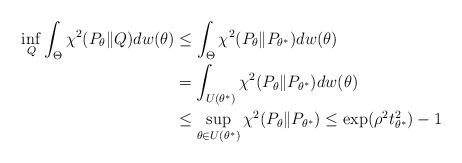
LaTeX: \begin{align*} \inf_{Q} \int_{\Theta} \chi^2(P_{\theta} \| Q) d w(\theta) &\leq \int_{\Theta} \chi^2(P_{\theta} \| P_{\theta^*}) d w(\theta) \\&= \int_{U(\theta^*)} \chi^2(P_{\theta} \| P_{\theta^*}) d w(\theta) \\&\leq \sup_{\theta \in U(\theta^*)} \chi^2(P_{\theta} \| P_{\theta^*})\leq \exp(\rho^2 t^2_{\theta^*}) - 1\end{align*}